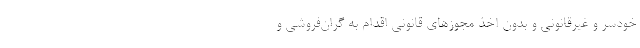
خودسر و غیرقانونی و بدون اخذ مجوزهای قانونی اقدام به گران‌فروشی و